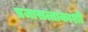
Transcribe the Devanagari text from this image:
प्रजासत्ताकाशी